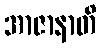
အာဇာနာတိ